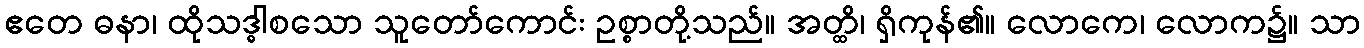
ဧတေ ဓနာ၊ ထိုသဒ္ဓါစသော သူတော်ကောင်း ဥစ္စာတို့သည်။ အတ္ထိ၊ ရှိကုန်၏။ လောကေ၊ လောက၌။ သာ